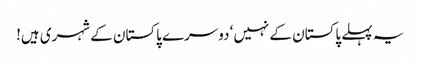
یہ پہلے پاکستان کے نہیں‘ دوسرے پاکستان کے شہری ہیں!